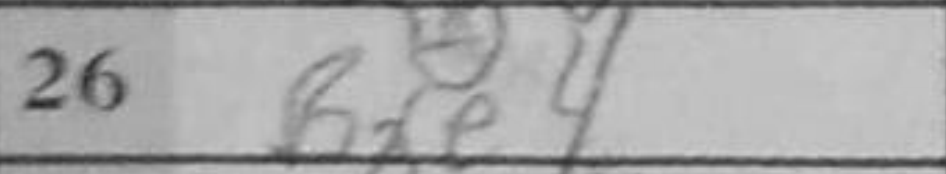
Transcription: Bxe4